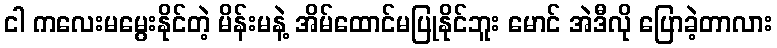
ငါ ကလေးမမွေးနိုင်တဲ့ မိန်းမနဲ့ အိမ်ထောင်မပြုနိုင်ဘူး မောင် အဲဒီလို ပြောခဲ့တာလား